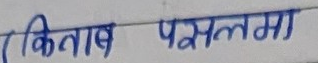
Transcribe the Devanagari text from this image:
(किताब पसलमा)